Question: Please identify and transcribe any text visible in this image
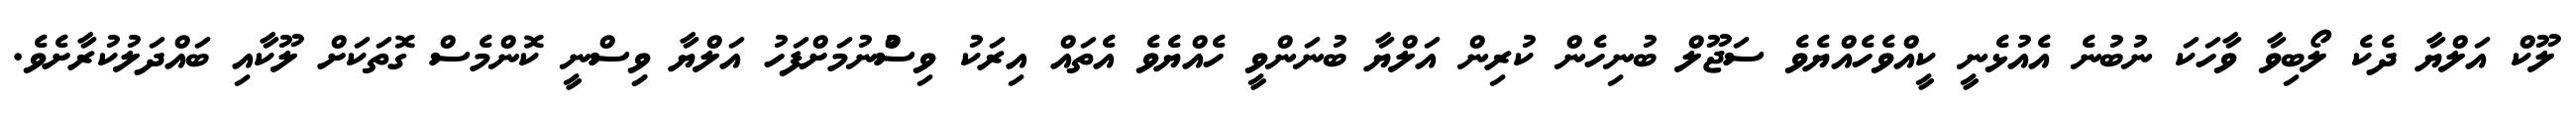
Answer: ލޫކް އަލްޔާ ދެކެ ލޯބިވާ ވާހަކަ ނުބުނެ އެއުޅެނީ ކީއްވެހެއްޔެވެ ސަޖޫލް ބުނިހެން ކުރިން އަލްޔާ ބުނަންވީ ހެއްޔެވެ އެތައް އިރަކު ވިސްުނުމަށްފަހު އަލްޔާ ވިިސްނީ ކޮންމެސް ގޮތަކަށް ލޫކާއި ބައްދަލުކުރާށެވެ.